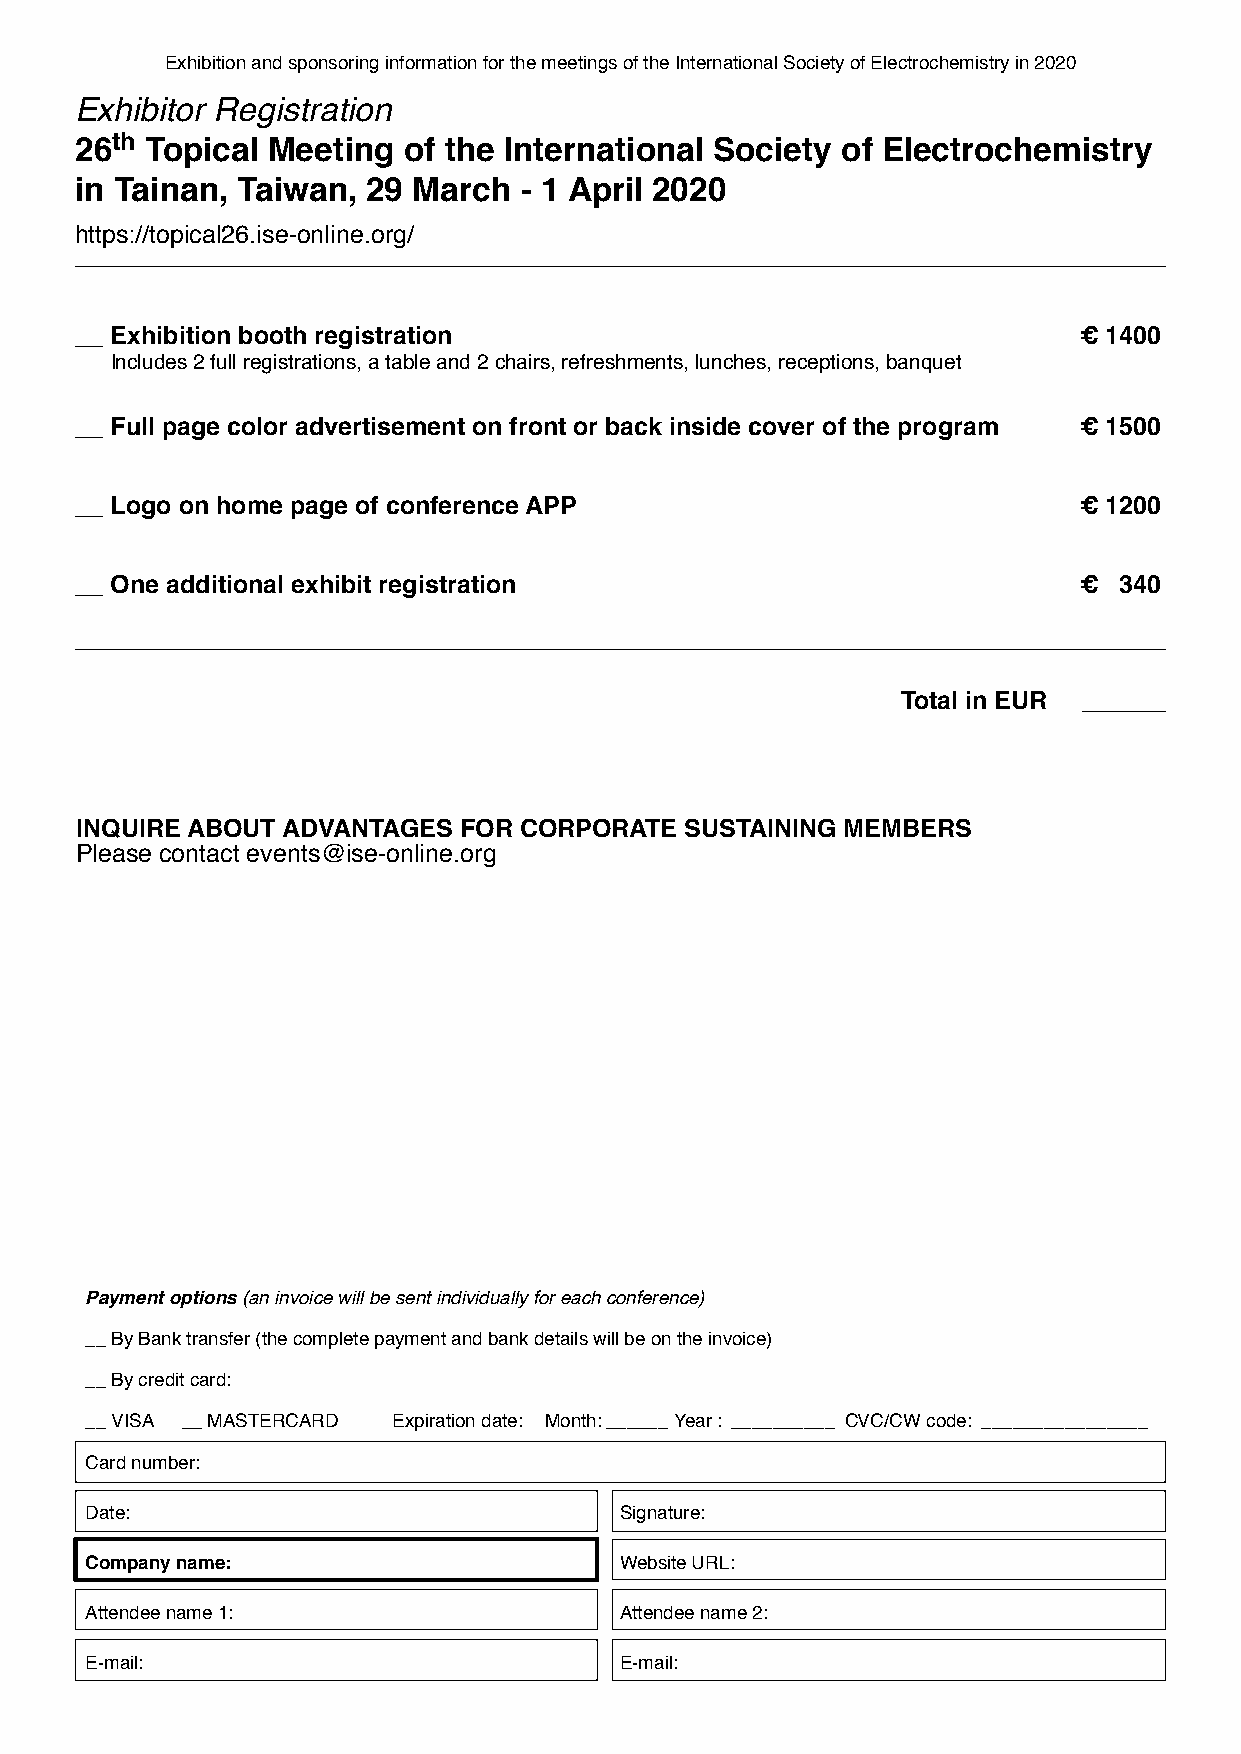
Exhibition and sponsoring information for the meetings of the International Society of Electrochemistry in 2020
 Exhibitor Registration
 th
 26   Topical Meeting  of the International Society of Electrochemistry
 in Tainan, Taiwan, 29 March  - 1 April 2020 the International
 https://topical26.ise-online.org/
 __ Exhibition booth registration                                  € 1400
 Includes 2 full registrations, a table and 2 chairs, refreshments, lunches, receptions, banquet
 __ Full page color advertisement on front or back inside cover of the program € 1500
 __ Logo on home page of conference APP                            € 1200
 __ One additional exhibit registration                            €  340
 Total in EUR ______
 INQUIRE ABOUT ADVANTAGES FOR CORPORATE  SUSTAINING MEMBERS
 Please contact events@ise-online.org
 Payment options (an invoice will be sent individually for each conference)
 __ By Bank transfer (the complete payment and bank details will be on the invoice)
 __ By credit card:
 __ VISA __ MASTERCARD Expiration date: Month: ______Year : __________ CVC/CW code: ________________
 Card number:
 Date:                              Signature:
 Company name:                      Website URL:
 Attendee name 1:                   Attendee name 2:
 E-mail:                            E-mail: